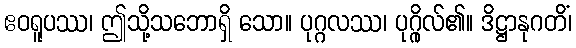
ဧဝရူပဿ၊ ဤသို့သဘောရှိ သော။ ပုဂ္ဂလဿ၊ ပုဂ္ဂိုလ်၏။ ဒိဋ္ဌာနုဂတိံ၊